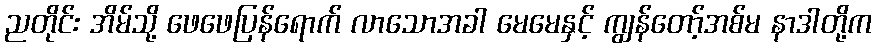
ညတိုင်း အိမ်သို့ ဖေဖေပြန်ရောက် လာသောအခါ မေမေနှင့် ကျွန်တော့်အစ်မ နာဒါတို့က